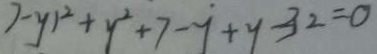
7 - y ) ^ { 2 } + y ^ { 2 } + 7 - y + y - 3 2 = 0